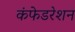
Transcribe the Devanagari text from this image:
कंफेडरेशन